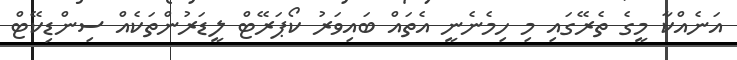
އަނެއްކާ މީގެ ތެރޭގައި މި ހިމެނެނީ އެތައް ބައިވަރު ކޯޕަރޭޓް ލީޑަރުންތަކެއް ސިންޑިކޭޓް